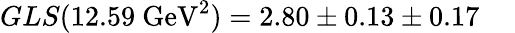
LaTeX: GLS(12.59~\mathrm{GeV}^{2})=2.80\pm 0.13\pm 0.17~~~~~